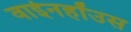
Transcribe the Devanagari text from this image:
वाईनहॉउस